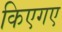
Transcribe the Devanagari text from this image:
किएगए